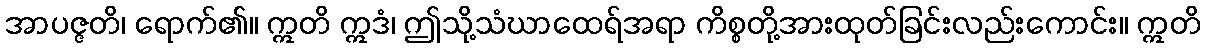
အာပဇ္ဇတိ၊ ရောက်၏။ ဣတိ ဣဒံ၊ ဤသို့သံဃာထေရ်အရာ ကိစ္စတို့အားထုတ်ခြင်းလည်းကောင်း။ ဣတိ